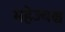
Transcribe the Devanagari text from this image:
महेज्यश्च